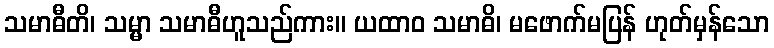
သမာဓီတိ၊ သမ္မာ သမာဓီဟူသည်ကား။ ယထာဝ သမာဓိ၊ မဖောက်မပြန် ဟုတ်မှန်သော